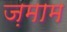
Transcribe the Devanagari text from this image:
ज़माम